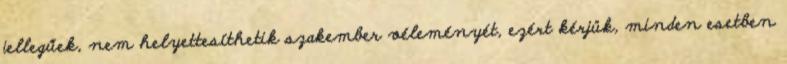
jellegűek, nem helyettesíthetik szakember véleményét, ezért kérjük, minden esetben